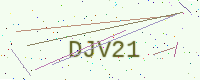
Text: DJV21